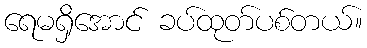
ရေမရှိအောင် ခပ်ထုတ်ပစ်တယ်။